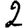
Digit: 2